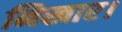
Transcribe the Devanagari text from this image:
निखार।